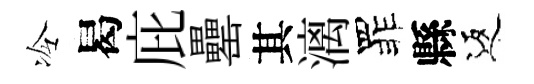
冷曷庇罍其漓罪縣返